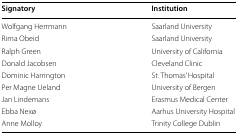
<table><thead><tr><td><b>Signatory</b></td><td><b>Institution</b></td></tr></thead><tbody><tr><td>Wolfgang Herrmann</td><td>Saarland University</td></tr><tr><td>Rima Obeid</td><td>Saarland University</td></tr><tr><td>Ralph Green</td><td>University of California</td></tr><tr><td>Donald Jacobsen</td><td>Cleveland Clinic</td></tr><tr><td>Dominic Harrington</td><td>St. Thomas’ Hospital</td></tr><tr><td>Per Magne Ueland</td><td>University of Bergen</td></tr><tr><td>Jan Lindemans</td><td>Erasmus Medical Center</td></tr><tr><td>Ebba Nexø</td><td>Aarhus University Hospital</td></tr><tr><td>Anne Molloy</td><td>Trinity College Dublin</td></tr></tbody></table>